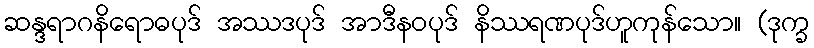
ဆန္ဒရာဂနိရောဓပုဒ် အဿဒပုဒ် အာဒီနဝပုဒ် နိဿရဏပုဒ်ဟူကုန်သော။ (ဒုက္ခ